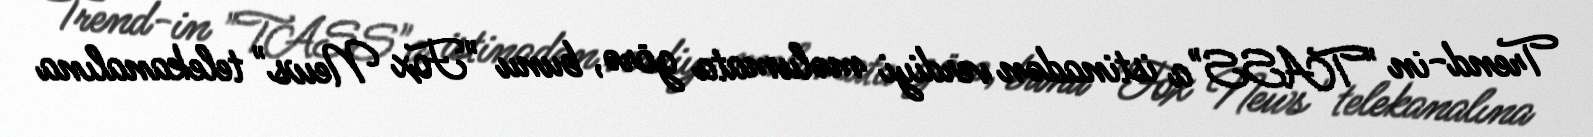
Trend-in "TASS"a istinadən verdiyi məlumata görə, bunu "Fox News" telekanalına